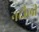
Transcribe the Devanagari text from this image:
नदौली